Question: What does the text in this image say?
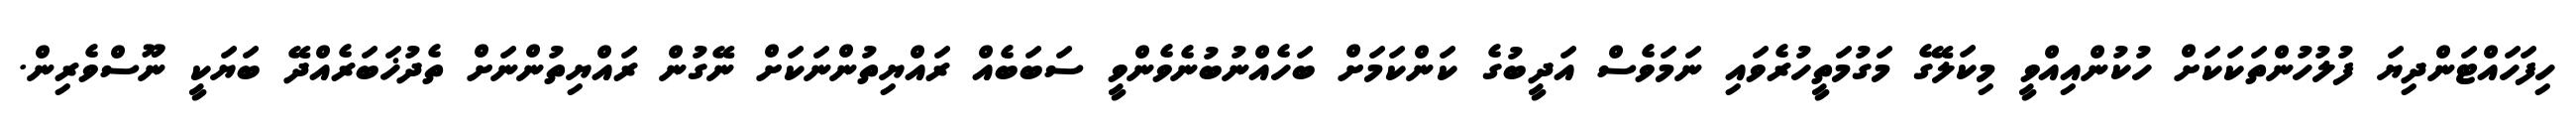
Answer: ހިފަހައްޓަންދިޔަ ފުލުހުންތަކަކަށް ހުކުންއިއްވީ މިކަލޭގެ މަގުމަތީހުރެވައި ނަމަވެސް އަދީބުގެ ކަންކަމަށް ބަހެއްނުބުނެވެންވީ ސަބަބެއް ރައްޔިތުންނަކަށް ނޭގުން ރައްޔިތުންނަށް ތެދުޚަބަރެއްދޭ ބަޔަކީ ނޫސްވެރިން.